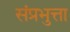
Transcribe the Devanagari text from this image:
संप्रभुत्ता